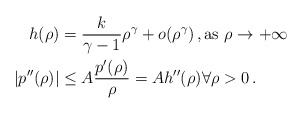
\begin{align*}h(\rho) &= \frac{k}{\gamma -1} \rho^\gamma + o(\rho^\gamma) \, , \hbox{as}\ \rho\to +\infty\\| p'' (\rho ) | &\le A \frac{p'(\rho)}{\rho} = A h'' (\rho) \forall \rho > 0 \, .\end{align*}